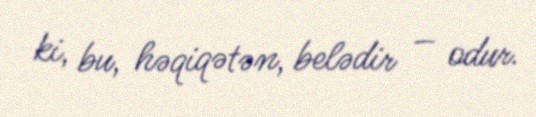
ki, bu, həqiqətən, belədir – odur.